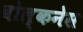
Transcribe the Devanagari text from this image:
वोल्कनेस